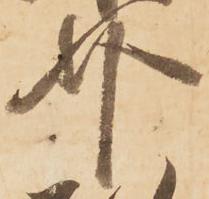
介